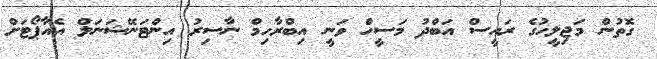
ގޮތުން މަޖިލީހުގެ ރައީސް އަބްދު މަސީހް ވަނީ އިބްރާހިމް ނާސިރު އިންޓަނޭޝަނަލް އެއާޕޯޓަށް